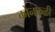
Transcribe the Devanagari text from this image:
कोनफळी